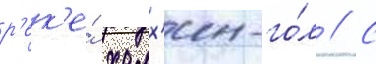
р'ек'е́ халх'ин-го́л // С